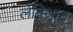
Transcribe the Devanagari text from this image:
लेविथान